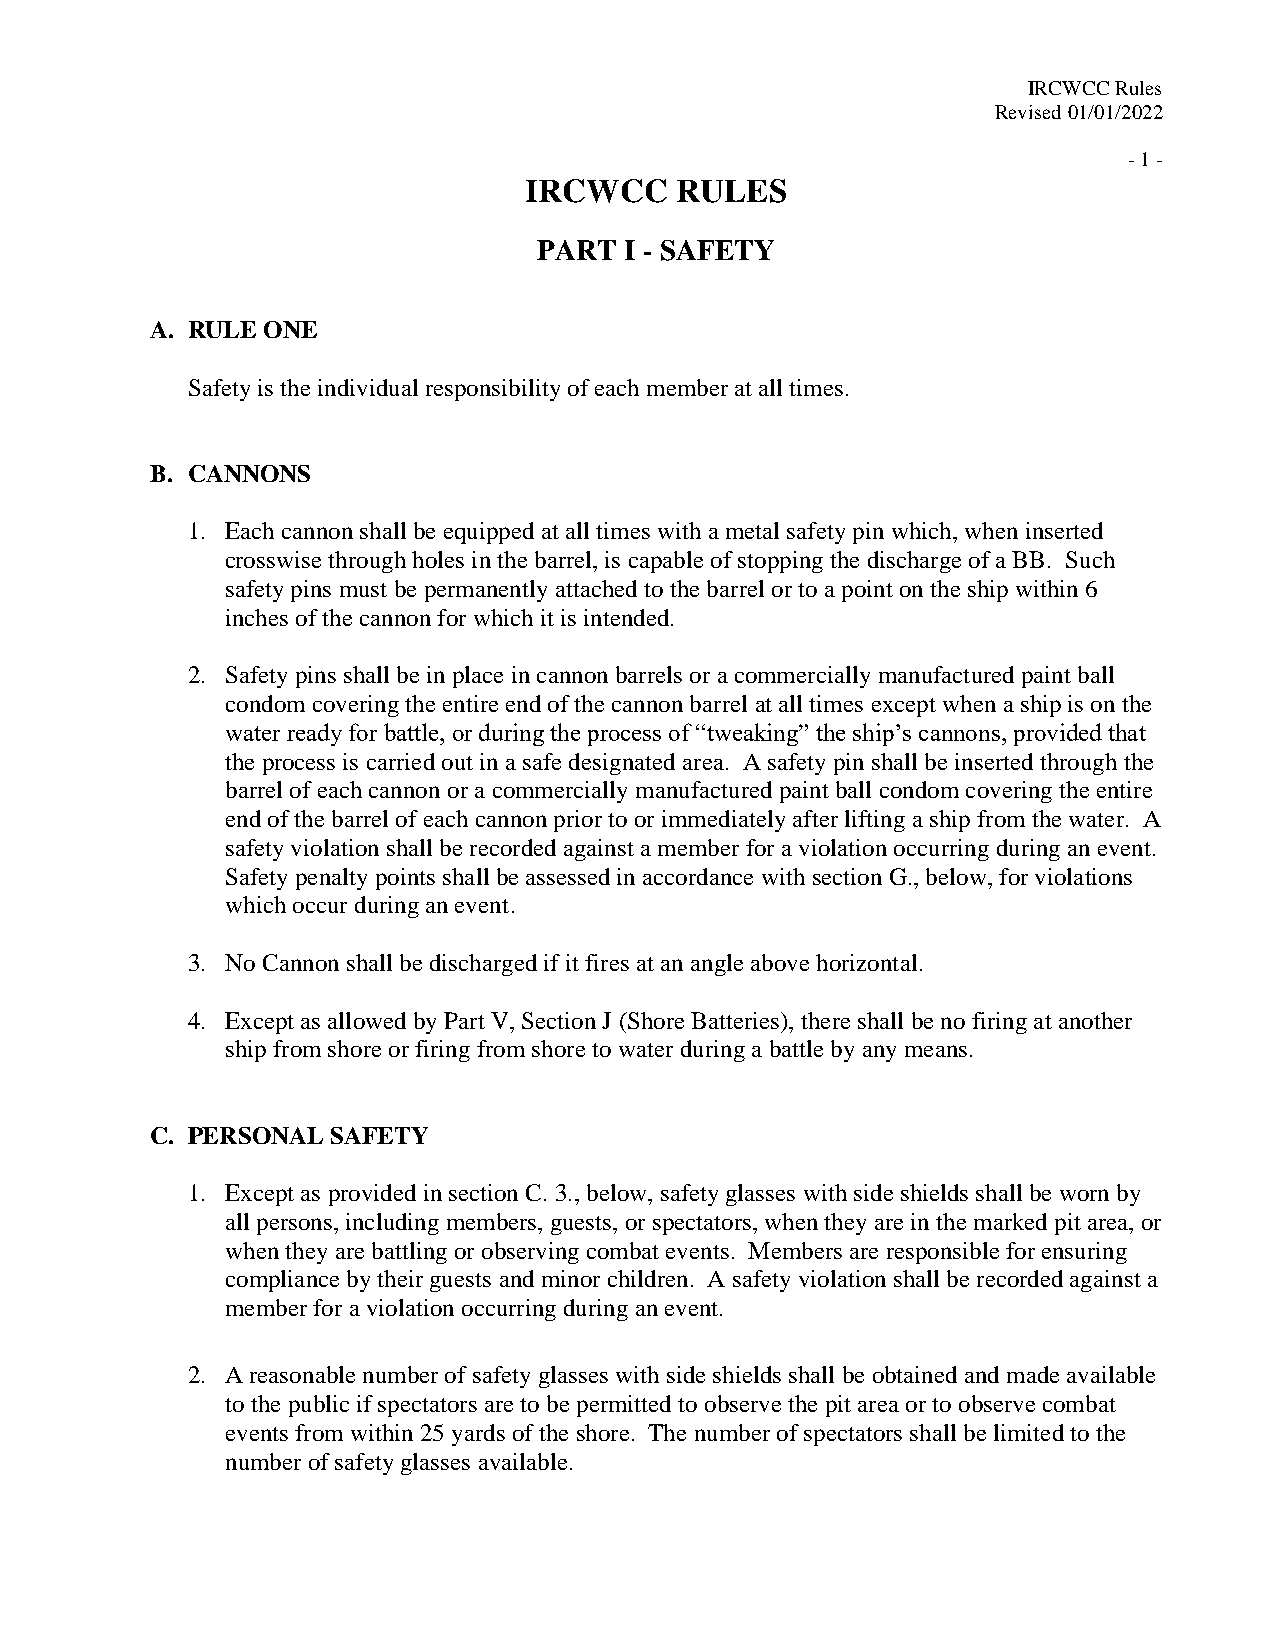
IRCWCC Rules
 Revised 01/01/2022
 - 1 -
 IRCWCC    RULES
 PART I - SAFETY
 A. RULE ONE
 Safety is the individual responsibility of each member at all times.
 B. CANNONS
 1. Each cannon shall be equipped at all times with a metal safety pin which, when inserted
 crosswise through holes in the barrel, is capable of stopping the discharge of a BB. Such
 safety pins must be permanently attached to the barrel or to a point on the ship within 6
 inches of the cannon for which it is intended.
 2. Safety pins shall be in place in cannon barrels or a commercially manufactured paint ball
 condom covering the entire end of the cannon barrel at all times except when a ship is on the
 water ready for battle, or during the process of “tweaking” the ship’s cannons, provided that
 the process is carried out in a safe designated area. A safety pin shall be inserted through the
 barrel of each cannon or a commercially manufactured paint ball condom covering the entire
 end of the barrel of each cannon prior to or immediately after lifting a ship from the water. A
 safety violation shall be recorded against a member for a violation occurring during an event.
 Safety penalty points shall be assessed in accordance with section G., below, for violations
 which occur during an event.
 3. No Cannon shall be discharged if it fires at an angle above horizontal.
 4. Except as allowed by Part V, Section J (Shore Batteries), there shall be no firing at another
 ship from shore or firing from shore to water during a battle by any means.
 C. PERSONAL SAFETY
 1. Except as provided in section C. 3., below, safety glasses with side shields shall be worn by
 all persons, including members, guests, or spectators, when they are in the marked pit area, or
 when they are battling or observing combat events. Members are responsible for ensuring
 compliance by their guests and minor children. A safety violation shall be recorded against a
 member for a violation occurring during an event.
 2. A reasonable number of safety glasses with side shields shall be obtained and made available
 to the public if spectators are to be permitted to observe the pit area or to observe combat
 events from within 25 yards of the shore. The number of spectators shall be limited to the
 number of safety glasses available.